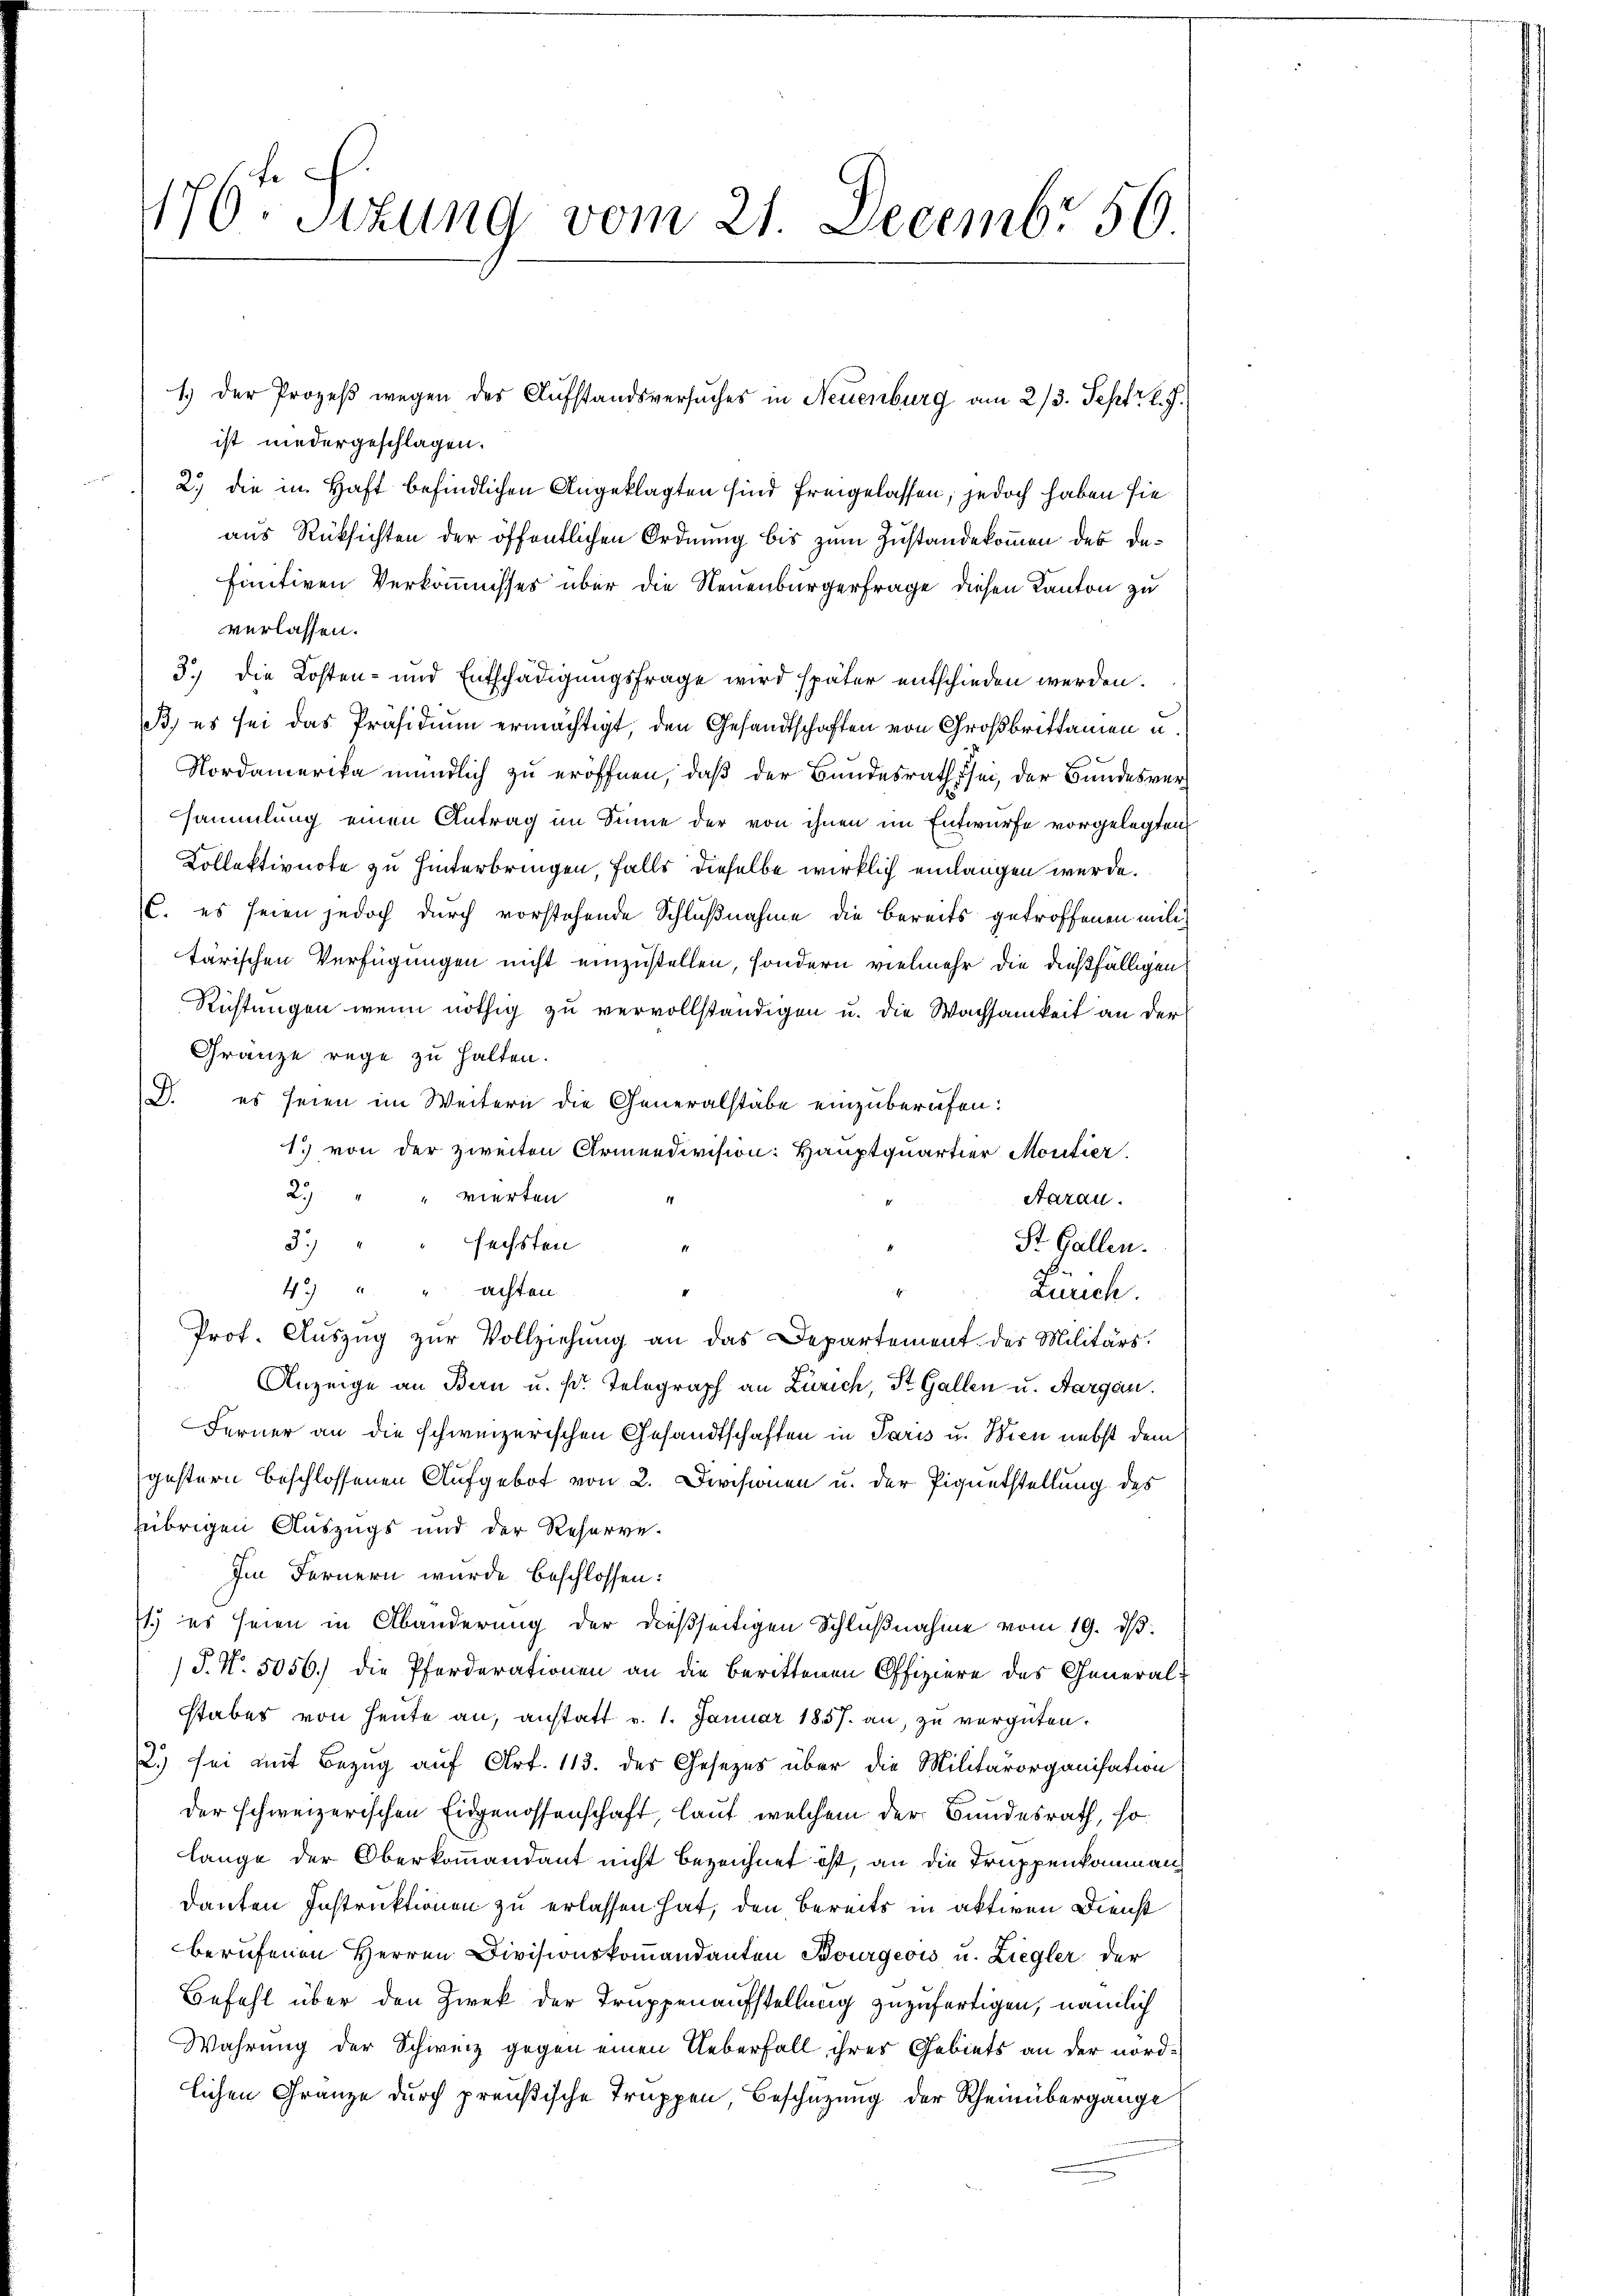
170. Sitzung vom 21. Decembr 56

ist niedergeschlagen.
2.) die in Haft befindlichen Angeklagten sind freigelassen, jedoch haben sie
aus Rüksichten der öffentlichen Ordnung bis zum Zustandekommen des dafinitiven Verkömnisses über die Neuenburgerfrage diesen Kanton zu
verlassen.
3.) Die Kosten- und Entschädigungsfrage wird später entschieden werden.
B., es sei das Präsidium ermächtigt, den Gesandtschaften von Großbritamen u.
Nordamerika mündlich zu eröffnen, daß der Bundesraths sei, der Bundesversammlung einen Antrag im Sinne der von ihnen im Entwurfe vorgelegten
Kollektivnote zu hinterbringen, falls dieselbe wirklich einlangen werde.
C. es seien jedoch durch vorstehende Schlußnahme die bereits getroffenen mili
tärischen Verfügungen nicht einzustellen, sondern vielmehr die dießfälligen
Richtungen wenn nöthig zu vervollständigen u. die Wachsamkeit an der
Gränze rege zu halten.
D. es seien im Weitern die Generalstäbe einzuberufen:
1) von der zweiten Armeedivision: Hauptquartier Moutier
2. " " vierten
Aarau
3.) " " fechsten "
St. Gallen.
4. " " achten
Zürch.
.
Prof. Auszug zur Vollziehung an das Departement des Militärs.
Anzeige an Bern u. s. Telegraph an Zürich, St. Gallen u. Aargau.
Ferner an die schweizerischen Gesandtschaften in Paris u. Wien nebst dem
gestern beschlossenen Aufgebot von 2. Divisionen u. der Pignetstellung des
übrigen Auszugs und der Reserve-
Im Fernern wurde beschlossen:
1) es seien in Abänderung der dießseitigen Schlußnahme vom 19. d.
P. Nr. 5056. die Pferderationen an die berittenen Offiziere des Generalstabes von heute an, anstatt v. 1. Januar 1857 an, zu vergüten.
2.) sei mit Bezug auf Art. 113. des Gesezes über die Militärorganisation
der schweizerischen Eidgenossenschaft, laut, welchem der Bundesrath, so
lange der Oberkommandant nicht bezeichnet ist, an die Truppenkomman
danten Instruktionen zu erlassen hat, den bereits in aktiven Dienst
berufenen Herren Divisionskommandanten Bourgeois u. Ziegler der
Befehl über den Zwek der Truppenaufstellung zuzufertigen, nämlich
Wahrung der Schweiz gegen einen Ueberfall ihrer Gebiets an der nordlichen Gränze durch preußische Truppen Beschützung der Rheinübergange

1.) Der Prozeß wegen des Aufstandsversuches in Neuenburg am 2/3. Septr l. J.